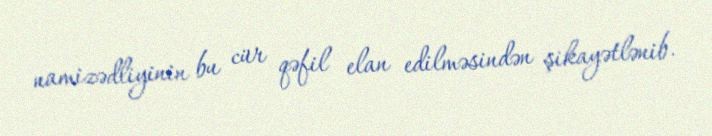
namizədliyinin bu cür qəfil elan edilməsindən şikayətlənib.